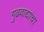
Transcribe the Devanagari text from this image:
गुढवाद्यांचा